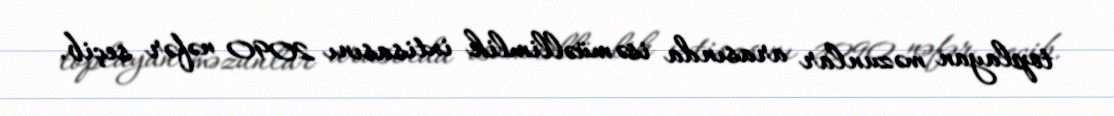
toplayan məzunlar arasında isə müəllimlik ixtisasını 2090 nəfər seçib.